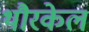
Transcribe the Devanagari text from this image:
थौरकेल